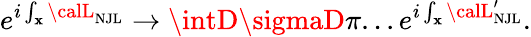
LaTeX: e^{i\int_{\mathbf{x}}{\calL}_{\mathrm{{NJL}}}}\to\intD\sigmaD\pi...e^{i\int_{\mathbf{x}}{\calL}_{\mathrm{{NJL}}}^{\prime}}.